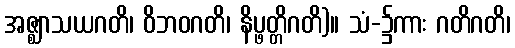
အဇ္ဈာသယဂတိ၊ ဝိဘဝဂတိ၊ နိပ္ဖတ္တိဂတိ)။ သံ-၌ကား ဂတိဂတိ၊